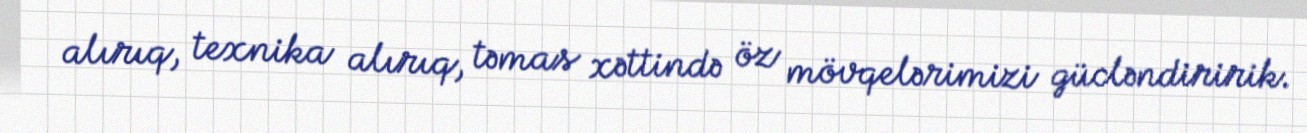
alırıq, texnika alırıq, təmas xəttində öz mövqelərimizi gücləndiririk.